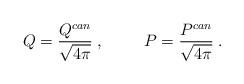
LaTeX: \begin{align*}Q=\frac{Q^{can}}{\sqrt{4\pi}}\; ,\hspace{1cm}P=\frac{P^{can}}{\sqrt{4\pi}}\; .\end{align*}